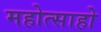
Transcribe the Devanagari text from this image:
महोत्साहो